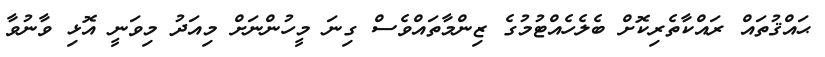
ޙައްޤުތައް ރައްކާތެރިކޮށް ބެލެހެއްޓުމުގެ ޒިންމާތައްވެސް ގިނަ މީހުންނަށް މިއަދު މިވަނީ އޮޅި ވާނުވާ